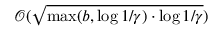
\mathcal { O } ( \sqrt { \operatorname* { m a x } ( b , \log { 1 / \gamma } ) \cdot \log { 1 / \gamma } } )